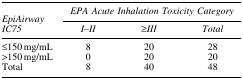
|  | <COLSPAN=3> EPA Acute Inhalation Toxicity Category |
 | EpiAirway IC75 | I–II | ≥III | Total |
 | --- | --- | --- | --- |
 | ≤150 mg/mL | 8 | 20 | 28 |
 | >150 mg/mL | 0 | 20 | 20 |
 | Total | 8 | 40 | 48 |